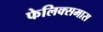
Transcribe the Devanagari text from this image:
फेलिक्समास